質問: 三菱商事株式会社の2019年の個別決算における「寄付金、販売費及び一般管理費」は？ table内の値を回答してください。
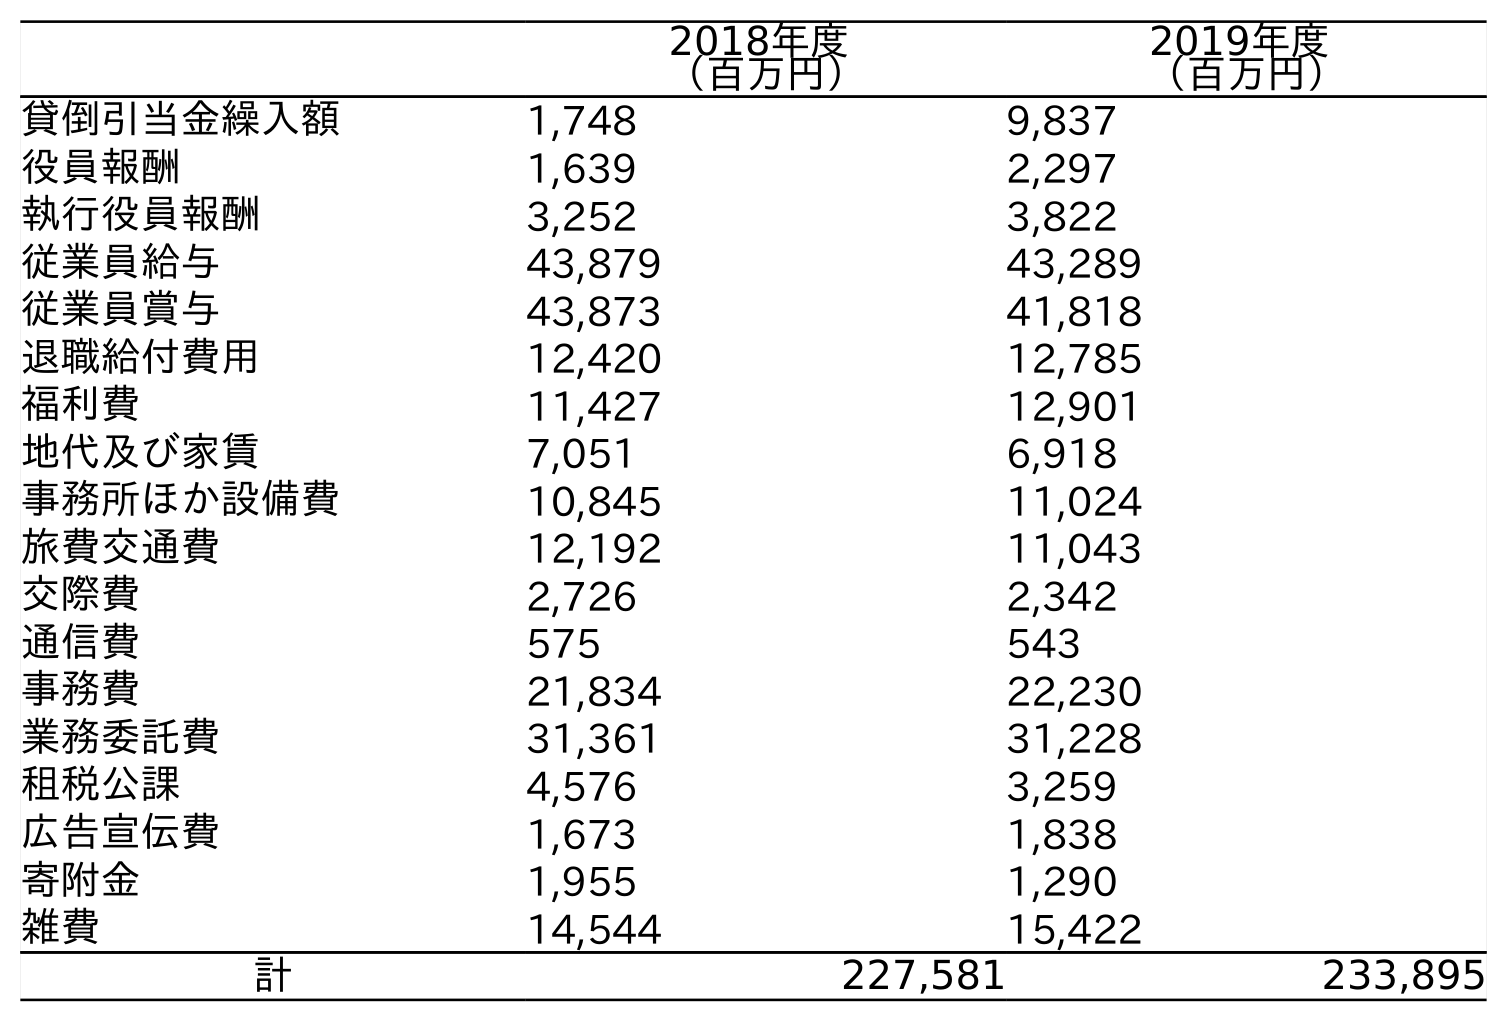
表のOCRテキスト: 2018年度 （百万円） 2019年度 （百万円） 貸倒引当金繰入額 1,748 9,837 役員報酬 1,639 2,297 執行役員報酬 3,252 3,822 従業員給与 43,879 43,289 従業員賞与 43,873 41,818 退職給付費用 12,420 12,785 福利費 11,427 12,901 地代及び家賃 7,051 6,918 事務所ほか設備費 10,845 11,024 旅費交通費 12,192 11,043 交際費 2,726 2,342 通信費 575 543 事務費 21,834 22,230 業務委託費 31,361 31,228 租税公課 4,576 3,259 広告宣伝費 1,673 1,838 寄附金 1,955 1,290 雑費 14,544 15,422 計 227,581 233,895
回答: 1,955